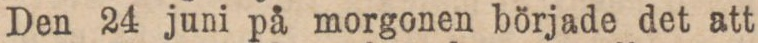
Den 24 juni på morgonen började det att